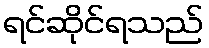
ရင်ဆိုင်ရသည်